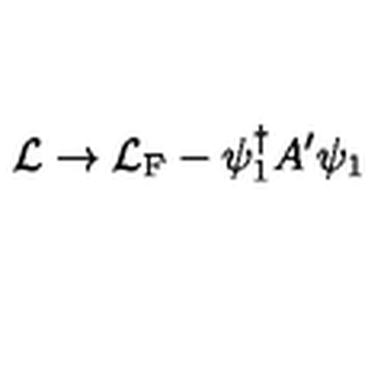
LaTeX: { \cal L } \rightarrow { \cal L } _ { \mathrm { F } } - \psi _ { 1 } ^ { \dagger } A ^ { \prime } \psi _ { 1 }